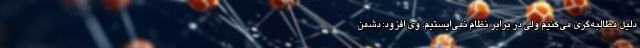
دلیل مطالبه‌گری می‌کنیم ولی در برابر نظام نمی‌ایستیم. وی افزود: دشمن